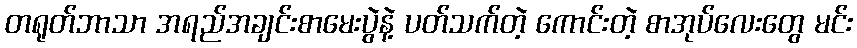
တရုတ်ဘာသာ အရည်အချင်းစာမေးပွဲနဲ့ ပတ်သက်တဲ့ ကောင်းတဲ့ စာအုပ်လေးတွေ မင်း